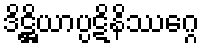
ဒိဋ္ဌိယာပ္ပဋိနိဿဂ္ဂေ